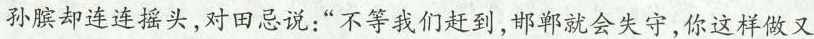
孙膑却连连摇头，对田忌说：”不等我们赶到，邯郸就会失守，你这样做又